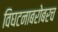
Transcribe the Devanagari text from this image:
विघटनाबरोबरच